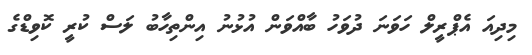
މިދިއަ އެޕްރީލް ހަވަނަ ދުވަހު ބާއްވަން އުޅުނު އިންތިހާބު ލަސް ކުރީ ކޮވިޑްގެ